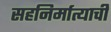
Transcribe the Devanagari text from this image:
सहनिर्मात्याची